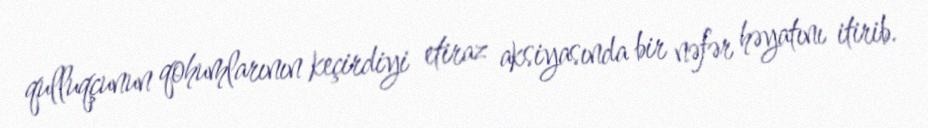
qulluqçunun qohumlarının keçirdiyi etiraz aksiyasında bir nəfər həyatını itirib.